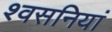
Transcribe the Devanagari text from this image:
श्वसनियां